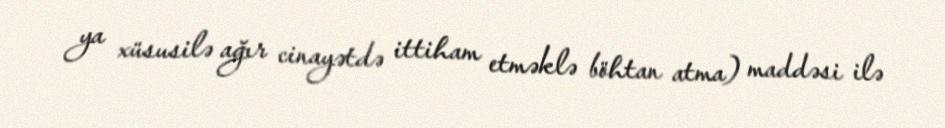
ya xüsusilə ağır cinayətdə ittiham etməklə böhtan atma) maddəsi ilə